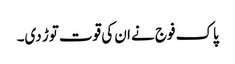
پاک فوج نے ان کی قوت توڑ دی۔